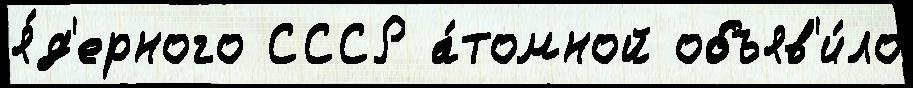
я́д'ерного СССР а́томной объяв'и́ло